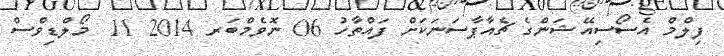
ފިލްމް އެސޯސިއޭޝަންގެ ޗެއާޕާސަނަކަށް ފައްތާހު 06 ނޮވެމްބަރ 2014 11  މޯލްޑިވްސް